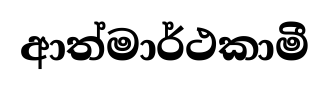
ආත්මාර්ථකාමී